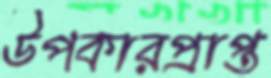
উপকারপ্রাপ্ত